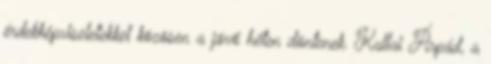
érdekképviseletekkel közösen a jövő héten döntenek. Kallai Árpád, a